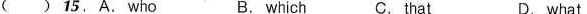
( ) 15.A.Who B. which C. that D. what